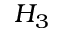
H _ { 3 }